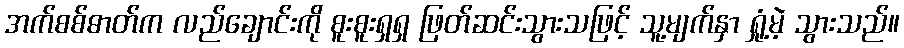
အက်စစ်ဓာတ်က လည်ချောင်းကို စူးစူးရှရှ ဖြတ်ဆင်းသွားသဖြင့် သူ့မျက်နှာ ရှုံ့မဲ့ သွားသည်။